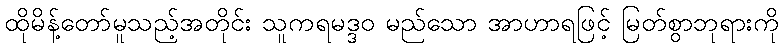
ထိုမိန့်တော်မူသည့်အတိုင်း သူကရမဒ္ဒဝ မည်သော အာဟာရဖြင့် မြတ်စွာဘုရားကို